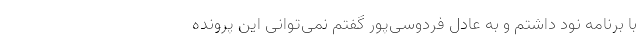
با برنامه نود داشتم و به عادل فردوسی‌پور گفتم نمی‌توانی این پرونده